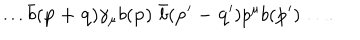
\dots { \bar { b } ( { \mathbf { p + q } } ) \gamma _ { \mu } } { b ( { \mathbf { p } } ) \, \, } { \bar { b } ( { \mathbf { p ^ { \prime } - q ^ { \prime } } } ) p ^ { \mu } } b ( \mathbf { p ^ { \prime } } ) \dots .